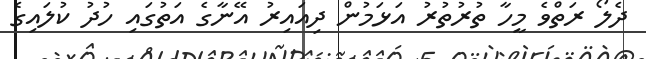
ދެލޯ ރަތްވެ މީހާ ތުރުތުރު އަޅަމުން ދިއައިރު އޭނާގެ އަތުގައި ހުދު ކުލައިގެ